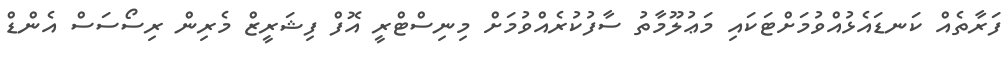
ފަރާތެއް ކަނޑައެޅުއްވުމަށްޓަކައި މަޢުލޫމާތު ސާފުކުރެއްވުމަށް މިނިސްޓްރީ އޮފް ފިޝަރީޒް މެރިން ރިސޯސަސް އެންޑް